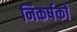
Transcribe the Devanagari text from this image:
निकर्षकों